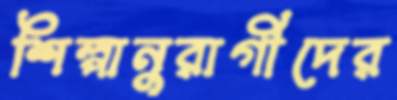
শিল্পানুরাগীদের